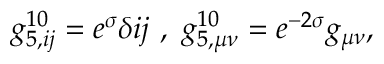
g _ { 5 , i j } ^ { 1 0 } = e ^ { \sigma } \delta { i j } \ , \ g _ { 5 , \mu \nu } ^ { 1 0 } = e ^ { - 2 \sigma } g _ { \mu \nu } ,